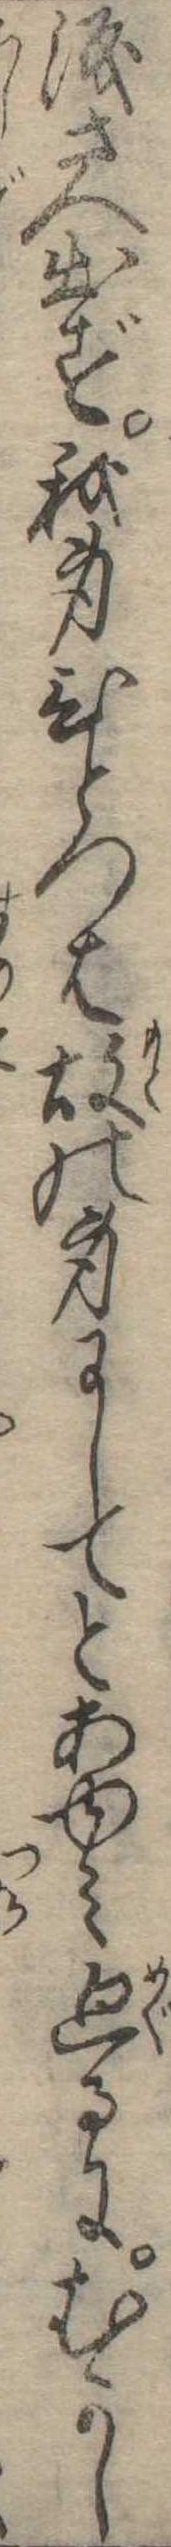
涙さへ出ず我身ひとつは故の身にしてとあゆみ廻るにむかし